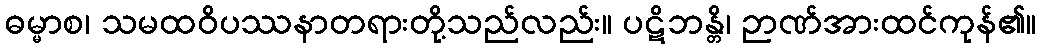
ဓမ္မာစ၊ သမထဝိပဿနာတရားတို့သည်လည်း။ ပဋိဘန္တိ၊ ဉာဏ်အားထင်ကုန်၏။